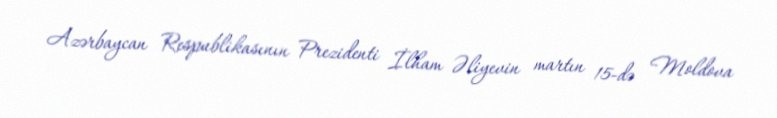
Azərbaycan Respublikasının Prezidenti İlham Əliyevin martın 15-də Moldova